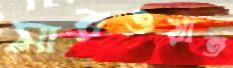
সারওয়াত